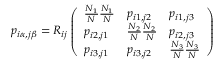
p _ { i \alpha , j \beta } = R _ { i j } \left( \begin{array} { l l l } { \frac { N _ { 1 } } { N } \frac { N _ { 1 } } { N } } & { p _ { i 1 , j 2 } } & { p _ { i 1 , j 3 } } \\ { p _ { i 2 , j 1 } } & { \frac { N _ { 2 } } { N } \frac { N _ { 2 } } { N } } & { p _ { i 2 , j 3 } } \\ { p _ { i 3 , j 1 } } & { p _ { i 3 , j 2 } } & { \frac { N _ { 3 } } { N } \frac { N _ { 3 } } { N } } \end{array} \right)